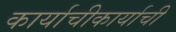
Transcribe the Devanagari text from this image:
कार्याचीकार्याची